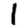
Digit: 1